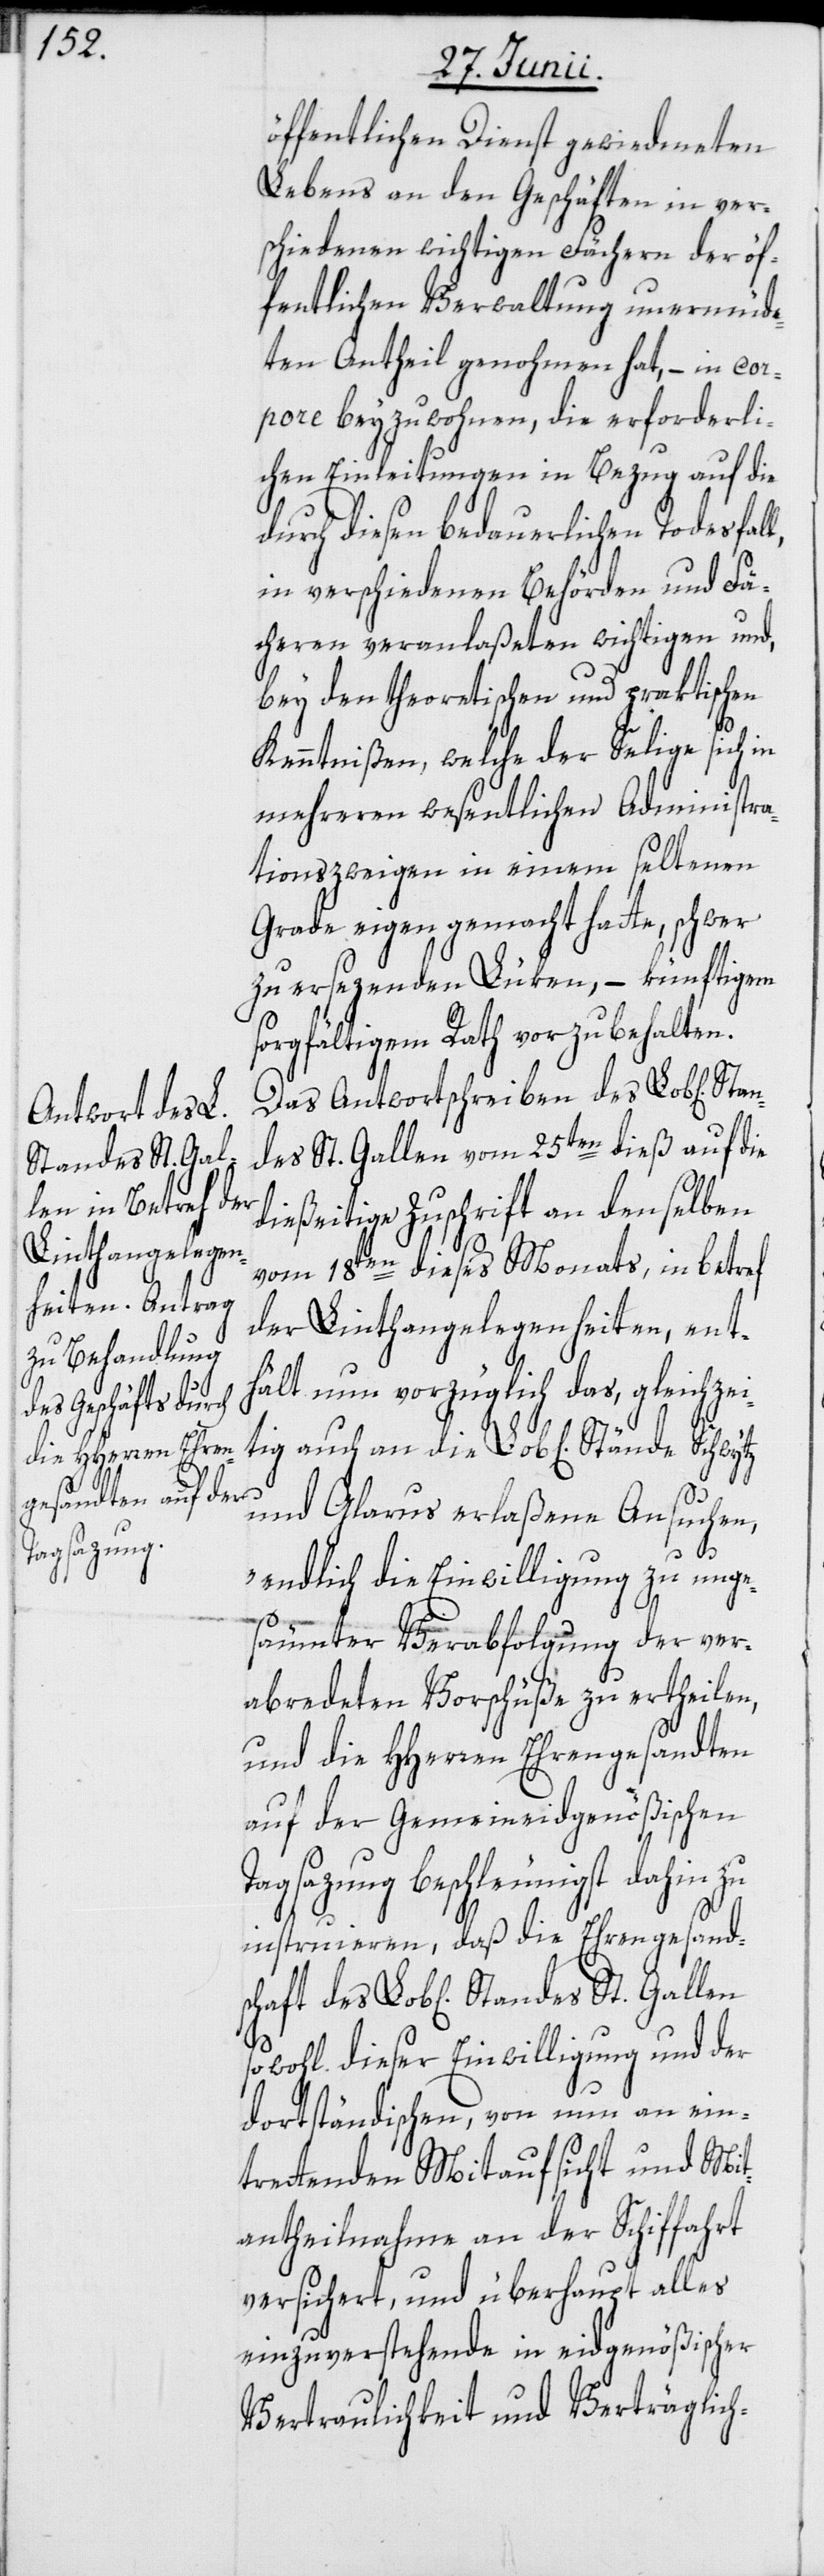
Standes St. Gal¬
tschaft des

öffentlichen Dienst gewiedmeten
Lebens an den Geschäften in ver¬
schiedenen wichtigen Fächern der öf¬
fentlichen Verwaltung unermüde¬
ten Antheil genohmen hat, – in cor¬
pore beyzuwohnen, die erforderli¬
chen Einleitungen in Bezug auf die
durch diesen bedauerlichen Todesfal¬
in verschiedenen Behörden und Fä¬
cheren veranlaßeten wichtigen und,
bey den theoretischen und praktischen
Kenntnißen, welche der Selige sich
mehreren wesentlichen Administra¬
tionszweigen in einem seltenen
Grade eigen gemacht hatte, schwer
zu ersezenden Lüken, – künftigem
sorgfältigem Rath vorzubehalten.
Das Antwortschreiben des Lob[lichen]
ndes St. Gallen vom 25ten dieß auf die
dießeitige Zuschrift an denselben
vom 18ten dieses Monats, in betref
der Linthangelegenheiten, ent¬
hält nun vorzüglich das, gleichzei¬
tig auch an die Lob[lichen] Stände Schwytz
und Glarus erlaßene Ansuchen,
len
„endlich die Einwilligung zu unge¬
säumter Verabfolgung der ver¬
abredeten Vorschüße zu ertheilen,
und die HHerren Ehrengesandten
auf der Gemeineidgenößischen
Tagsazung beschleunigst dahin zu
instruieren, daß die Ehrengesand¬
sowohl dieser Einwilligung und der
dortständischen, von nun an ein¬
trettenden Mitaufsicht und Mit¬
antheilnahme an der Schiffahrt
versichert, und überhaupt alles
einzuverstehende in eidgenößischer
Vertraulichkeit und Verträglich-